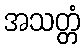
အသတ္တံ